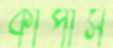
কাপাস